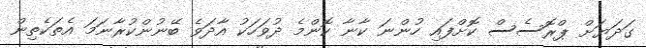
ގަދަޔަށް ޕްރޮސެސް ކޮށްފައި ހުންނަ ކާނާ ކޮންމެ ދުވަހަކު އާދަވެ ބޭނުންކުރާނަމަ އެތަކެތިން